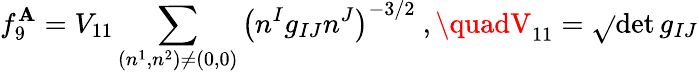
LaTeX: f_{9}^{\mathbf{A}}=V_{11}\sum_{(n^{1},n^{2})\ne(0,0)}\left(n^{I}g_{IJ}n^{J}\right)^{-3/2}\ ,\quadV_{11}=\sqrt{}{{\operatorname*{det}g_{IJ}}}